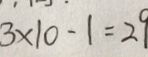
3 \times 1 0 - 1 = 2 9